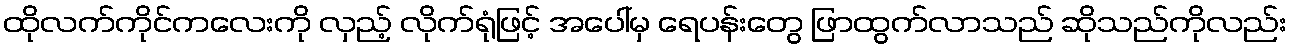
ထိုလက်ကိုင်ကလေးကို လှည့် လိုက်ရုံဖြင့် အပေါ်မှ ရေပန်းတွေ ဖြာထွက်လာသည် ဆိုသည်ကိုလည်း